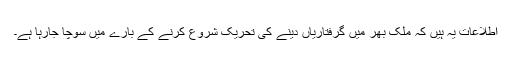
اطلاعات یہ ہیں کہ ملک بھر میں گرفتاریاں دینے کی تحریک شروع کرنے کے بارے میں سوچا جارہا ہے۔